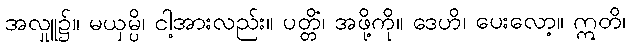
အလှုူ၌။ မယှမ္ပိ၊ ငါ့အားလည်း။ ပတ္တိံ၊ အဖို့ကို။ ဒေဟိ၊ ပေးလော့။ ဣတိ၊